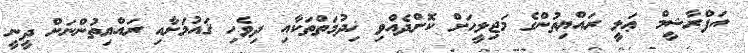
އަފްރާޝީމް ޢަލީ ރައްޔިތުންގެ މަޖިލީހަށް ކޮށްދެއްވި ޚިދުމަތްތަކާއި ދިވެހި ޤައުމަށާއި ރައްޔިތުންނަށް ދީނީ